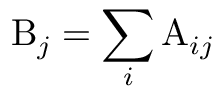
\mathrm { B } _ { j } = \sum _ { i } \mathrm { A } _ { i j }